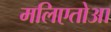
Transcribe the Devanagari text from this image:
मलिएतोआ